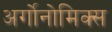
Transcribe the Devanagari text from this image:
अर्गोनोमिक्स